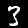
Label: 3